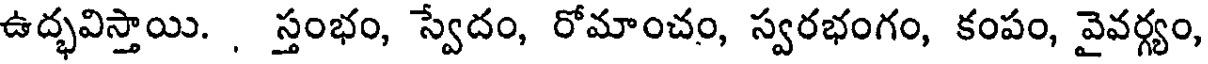
ఉద్భవిస్తాయి. , స్తంభం, స్వేదం, రోమాంచం, స్వరభంగం, కంపం, వైవర్గ్యం,